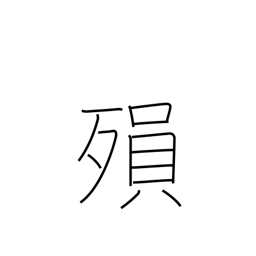
Meaning: die